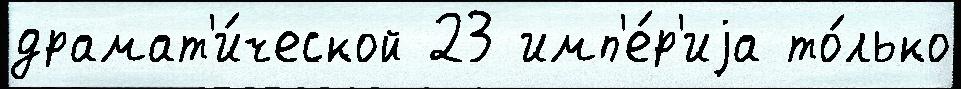
драмат'и́ческой 23 имп'е́р'иjа то́лько